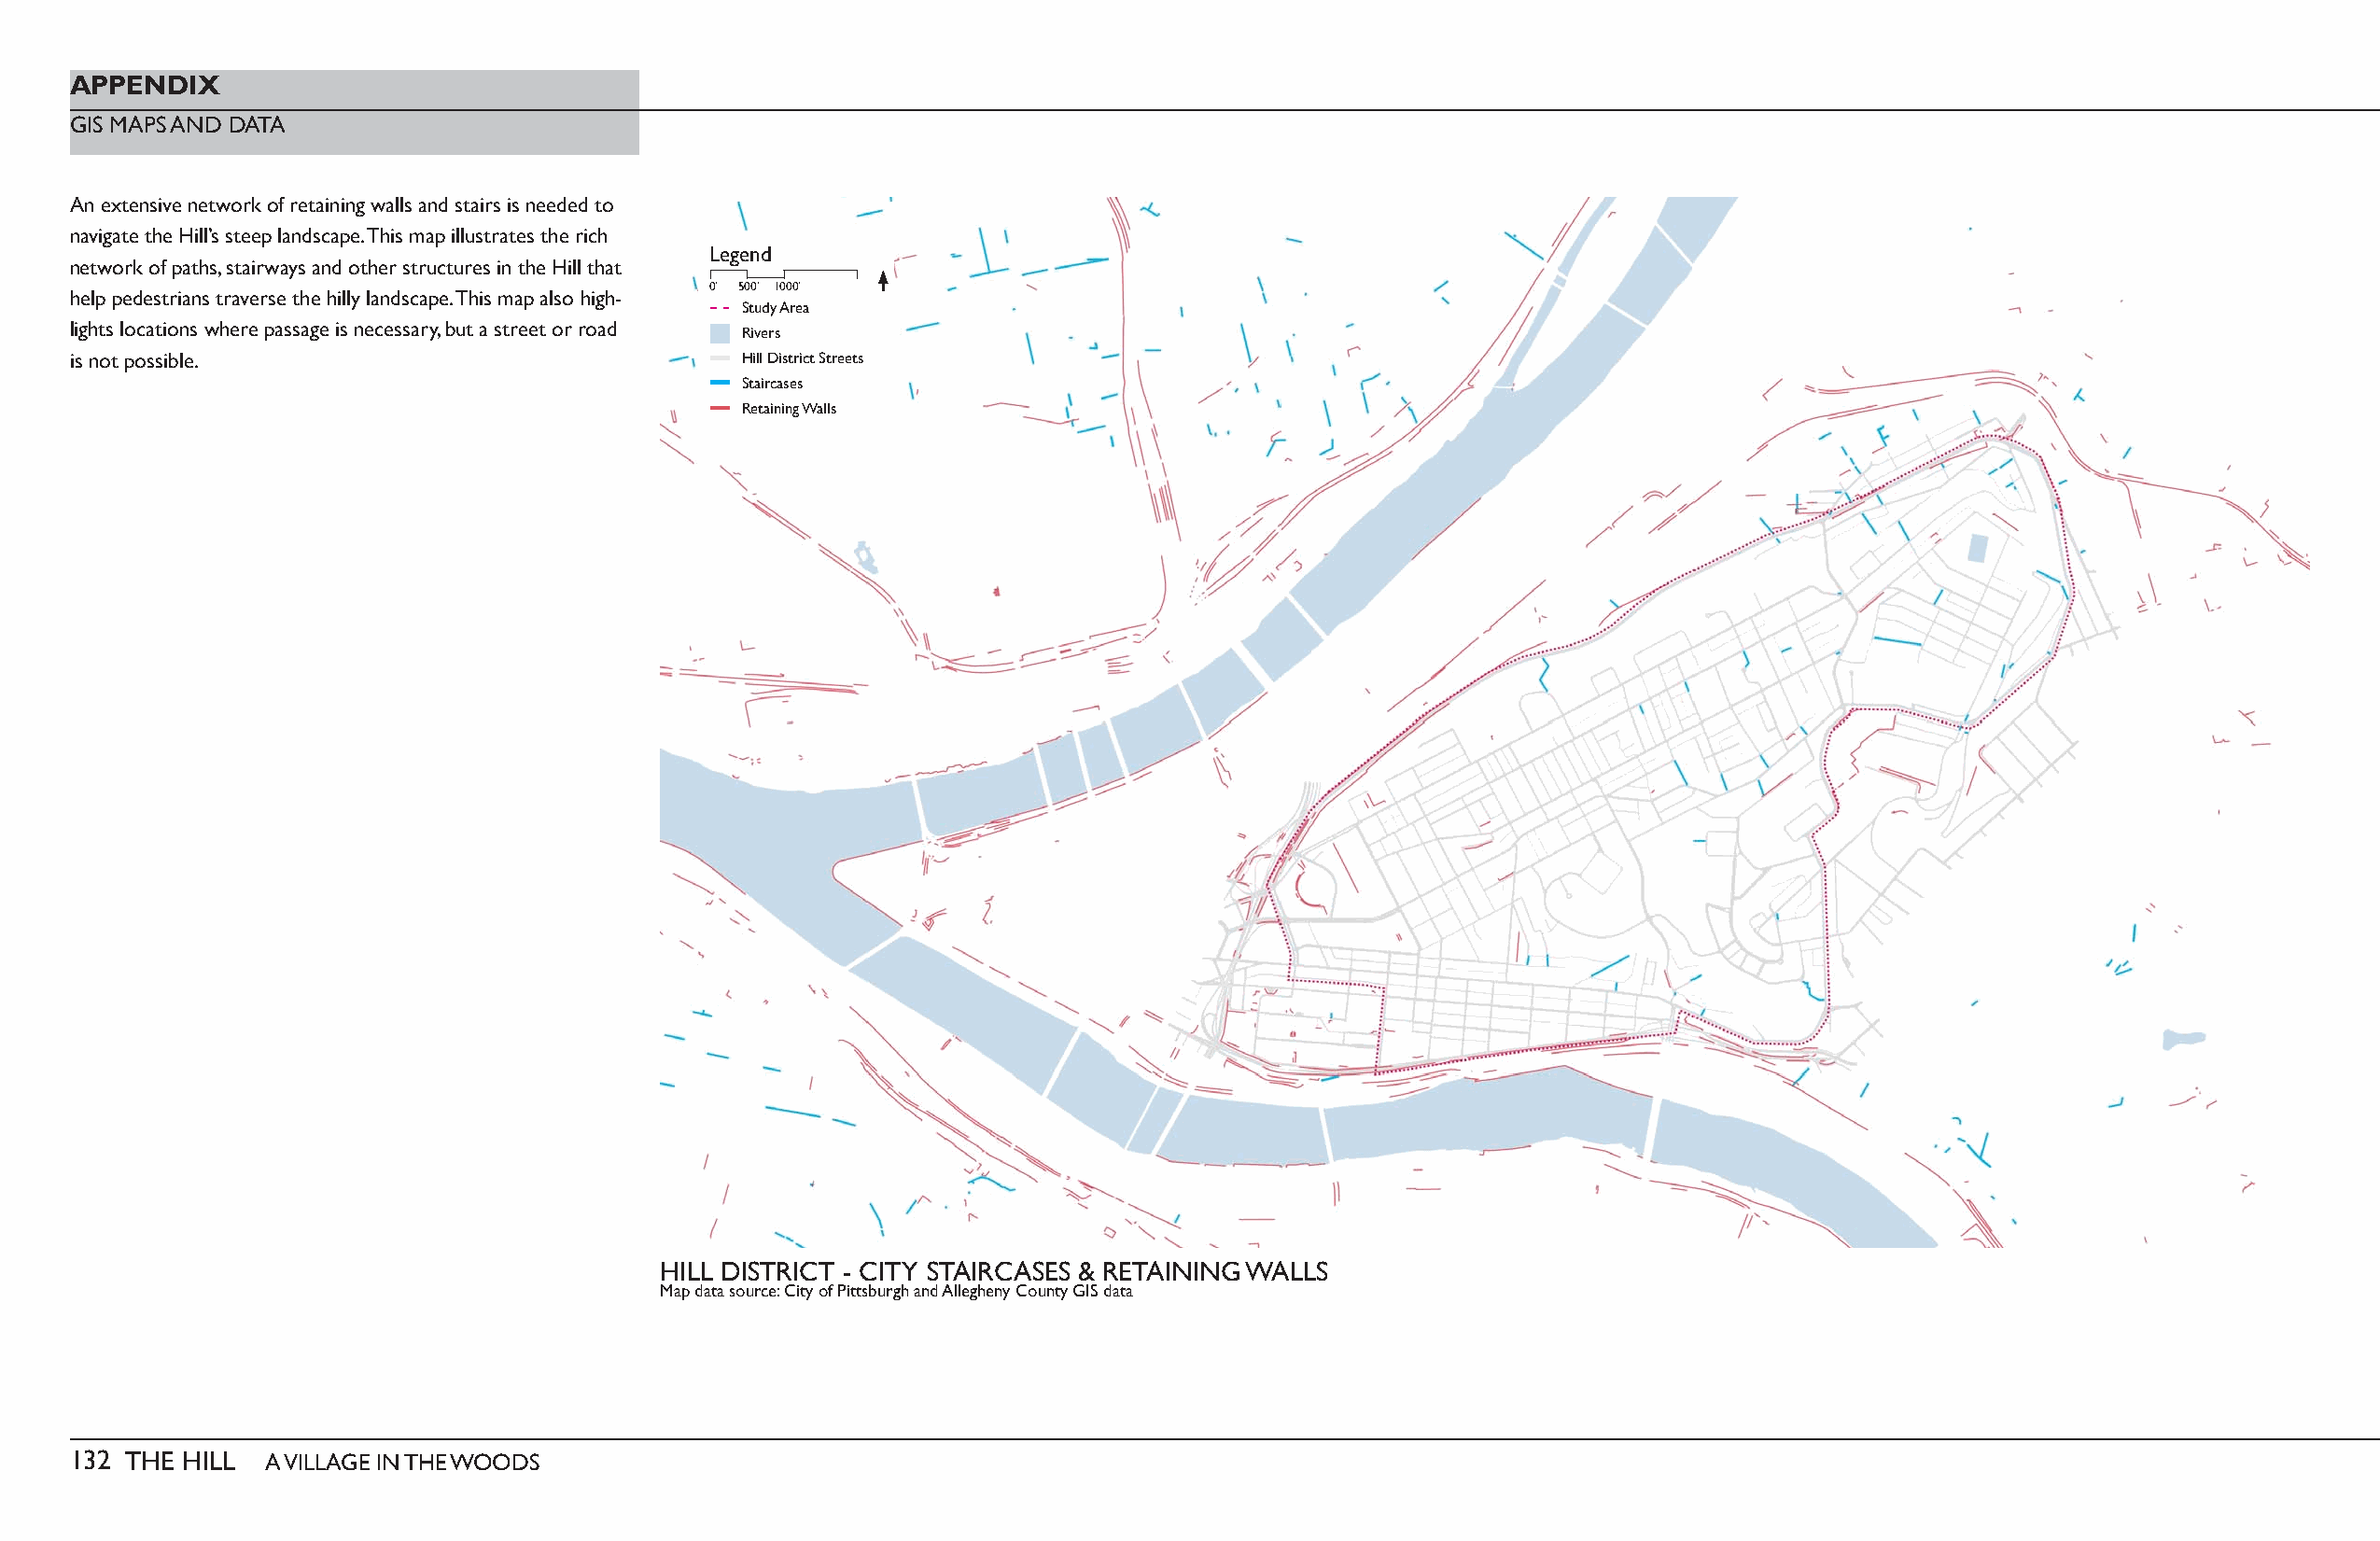
APPENDIX
 GIS MAPS AND DATA
 An extensive network of retaining walls and stairs is needed to
 navigate the Hill’s steep landscape. This map illustrates the rich
 Legend
 network of paths, stairways and other structures in the Hill that
 0’ 500’ 1000’
 help pedestrians traverse the hilly landscape. This map also high-
 Study Area
 lights locations where passage is necessary, but a street or road
 Rivers
 is not possible.                                Hill District Streets
 Staircases
 Retaining Walls
 HILL DISTRICT - CITY STAIRCASES & RETAINING WALLS
 Map data source: City of Pittsburgh and Allegheny County GIS data
 132 THE HILL  A VILLAGE IN THE WOODS